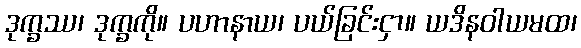
ဒုက္ခဿ၊ ဒုက္ခကို။ ပဟာနာယ၊ ပယ်ခြင်းငှာ။ ယဒိနဝါယမထ၊